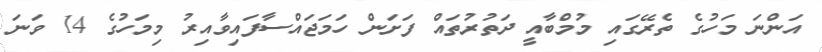
އަންނަ މަހުގެ ތެރޭގައި މުމްބާއީ ދަތުރުތައް ފަށަން ހަމަޖައްސާފައިވާއިރު މިމަހުގެ 14 ވަނަ